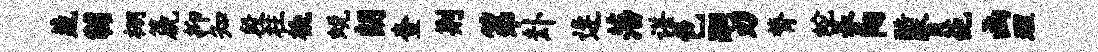
蔬黼棚篪抑知段柱橇蜕朗查荆第卦逄藩谌色嗣刃膂蛇养阳酷瞥葩函理